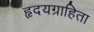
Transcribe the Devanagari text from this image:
हृदयग्राहिता